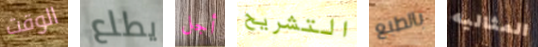
الوقت يطلع أجل التشريح بالطبع المثاليه